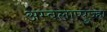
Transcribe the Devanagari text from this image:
अम्बलाप्पुज्हा